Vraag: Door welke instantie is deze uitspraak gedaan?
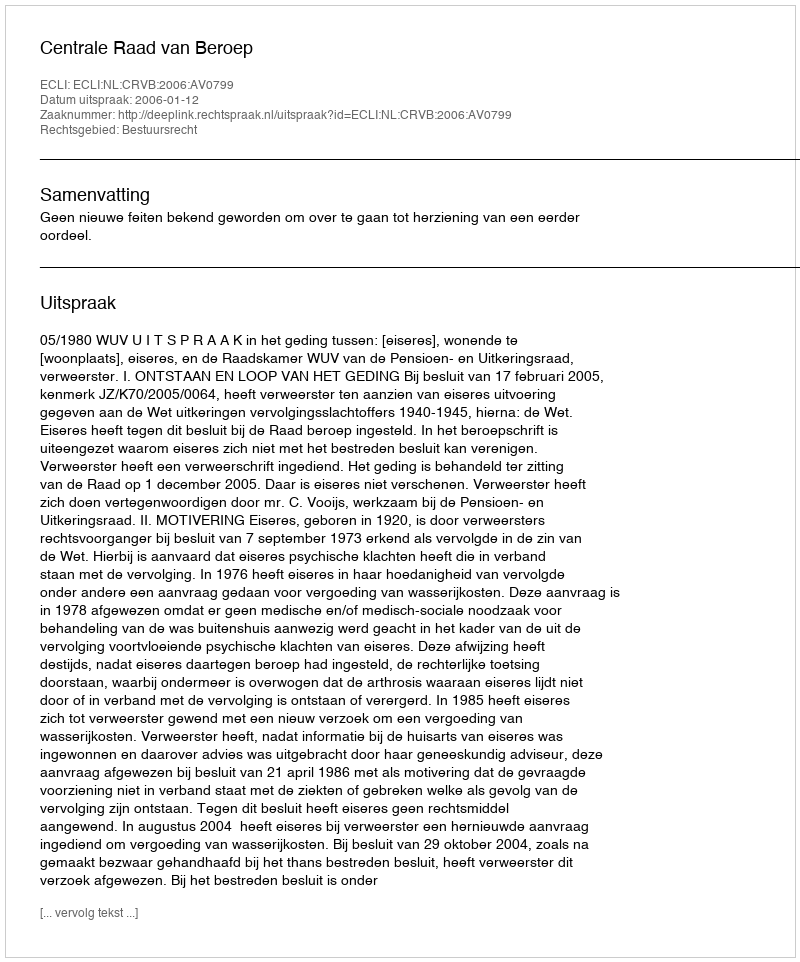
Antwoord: Centrale Raad van Beroep